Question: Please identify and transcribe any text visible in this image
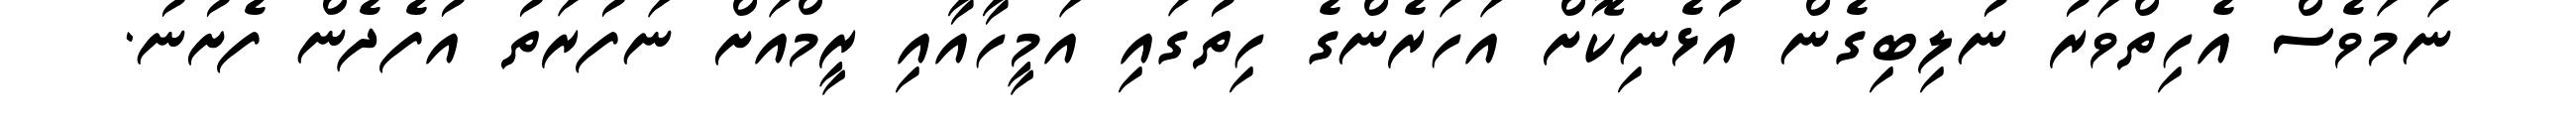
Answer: ނަމަވެސް އެހިތްވަރު ނުލިބިގެން އުޅެނިކޮށް އަހަރެންގެ ހިތުގައި އަމީހާއާއި ރީމްއަށް ނަފުރަތު އުފެދެން ފެށުނު.